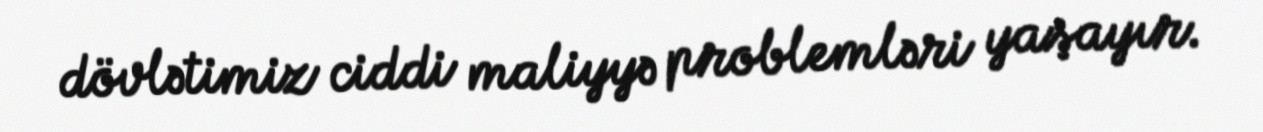
dövlətimiz ciddi maliyyə problemləri yaşayır.